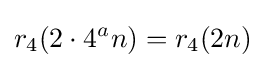
r_{4}(2\cdot 4^{a}n)=r_{4}(2n)